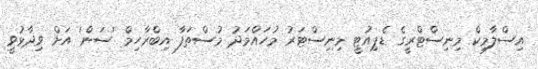
އިސްލާމިކް މިނިސްޓްރީގެ ޑެޕިއުޓީ މިނިސްޓަރު މުހައްމަދު މުސްތަފާ އިބްރާހިމް 'ސަން' އަށް ވިދާޅުވީ